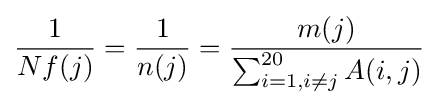
{\frac {1}{Nf(j)}}={\frac {1}{n(j)}}={\frac {m(j)}{\sum _{i=1,i\neq j}^{20}A(i,j)}}